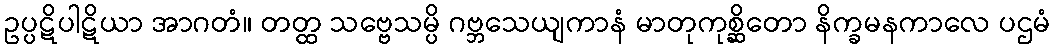
ဥပ္ပဋိပါဋိယာ အာဂတံ။ တတ္ထ သဗ္ဗေသမ္ပိ ဂဗ္ဘသေယျကာနံ မာတုကုစ္ဆိတော နိက္ခမနကာလေ ပဌမံ